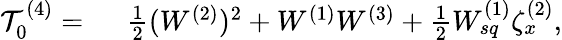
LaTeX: \begin{array}{rl}{\mathcal{T}_{0}^{(4)}=~}&{{}\frac{1}{2}(W^{(2)})^{2}+W^{(1)}W^{(3)}+\frac{1}{2}W_{sq}^{(1)}\zeta_{x}^{(2)},}\end{array}